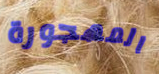
المهجورة